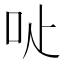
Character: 𠯬